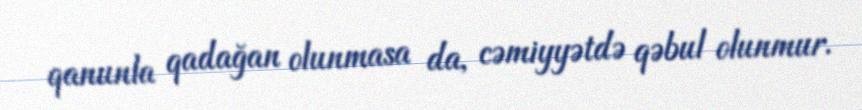
qanunla qadağan olunmasa da, cəmiyyətdə qəbul olunmur.